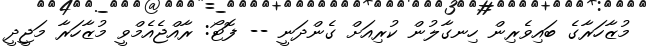
މުޒާހަރާގެ ބައިވެރިން ހިނގާލުން ކުރިއަށް ގެންދަނީ -- ފޮޓޯ: ރާއްޖެއެމްވީ މުޒާހަރާ މަޖީދީ